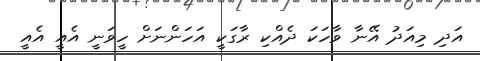
އަދި މިއަދު އޭނާ ވާހަކަ ދެއްކި ރާގަކީ އަހަންނަށް ހީވަނީ އެއީ އެއީ